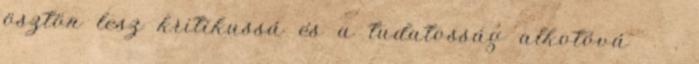
ösztön lesz kritikussá és a tudatosság alkotóvá .